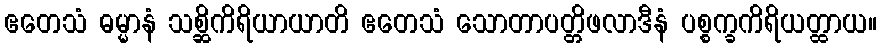
ဧတေသံ ဓမ္မာနံ သစ္ဆိကိရိယာယာတိ ဧတေသံ သောတာပတ္တိဖလာဒီနံ ပစ္စက္ခကိရိယတ္ထာယ။